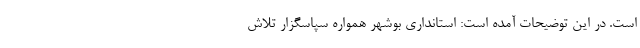
است. در این توضیحات آمده است: استانداری بوشهر همواره سپاسگزار تلاش